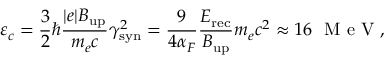
\varepsilon _ { c } = \frac { 3 } { 2 } \hbar \frac { | e | B _ { \mathrm { u p } } } { m _ { e } c } \gamma _ { \mathrm { s y n } } ^ { 2 } = \frac { 9 } { 4 \alpha _ { F } } \frac { E _ { \mathrm { r e c } } } { B _ { \mathrm { u p } } } m _ { e } c ^ { 2 } \approx 1 6 ~ \textrm { M e V } ,